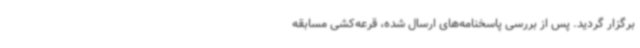
برگزار گردید. پس از بررسی پاسخنامه‌های ارسال شده، قرعه‌کشی مسابقه